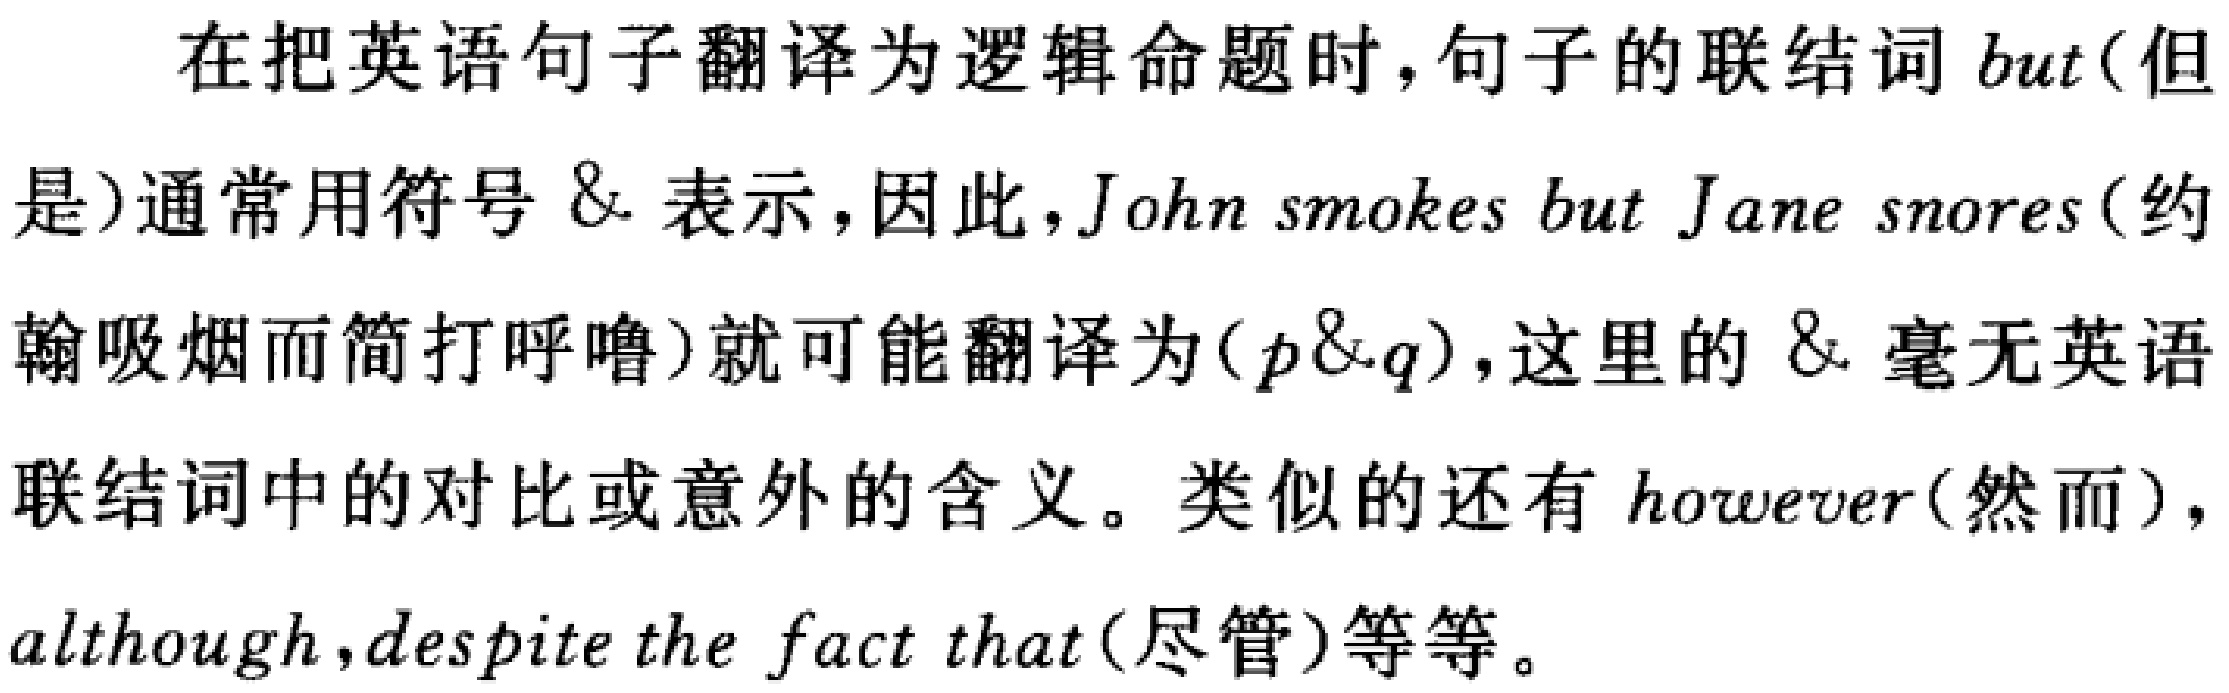
在把英语句子翻译为逻辑命题时,句子的联结词 \(but\)(但是)通常用符号 \(\&\) 表示，因此，\(John\ smokes\ but\ Jane\ snores\)(约翰吸烟而简打呼噜)就可能翻译为\((p\&q)\)，这里的 \(\&\) 毫无英语联结词中的对比或意外的含义。类似的还有 \(however\)(然而)， \(although\)，\(despite\ the\ fact\ that\)(尽管)等等。